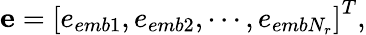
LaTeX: \mathbf{e}=\left[e_{emb1},e_{emb2},\cdots,e_{embN_{r}}\right]^{T},